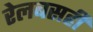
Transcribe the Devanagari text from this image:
रेलबसही